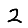
Digit: 2